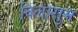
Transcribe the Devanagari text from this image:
विलासुम